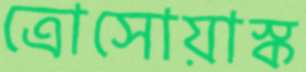
ত্রোসোয়াস্ক